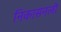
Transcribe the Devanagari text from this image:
निकासनली